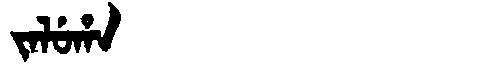
Manchu: ᠵᠠᠯᡠᡥᠠ
Romanization: JALUHA